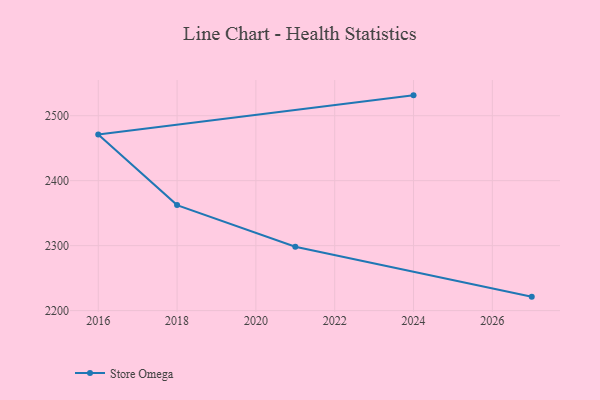
{"axis": {"x": "Year", "y": "LTV (USD)"}, "legend": ["Store Omega"], "data": [{"x": "2027", "y": 2221.5, "type": "Store Omega"}, {"x": "2021", "y": 2298.3, "type": "Store Omega"}, {"x": "2018", "y": 2362.4, "type": "Store Omega"}, {"x": "2016", "y": 2471.1, "type": "Store Omega"}, {"x": "2024", "y": 2531.3, "type": "Store Omega"}]}